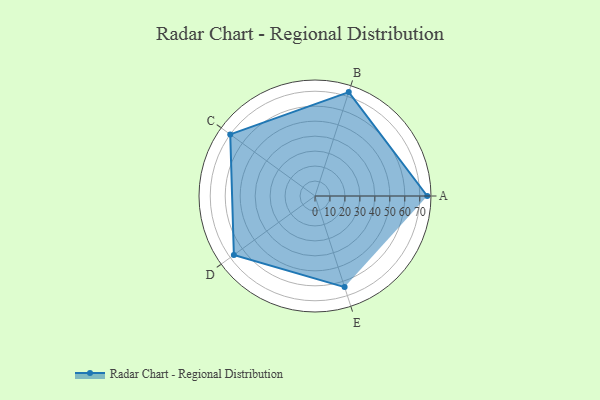
{"axis": {"x": "Skill", "y": "Score"}, "legend": ["Profile"], "data": [{"x": "A", "y": 75.0, "type": "Profile"}, {"x": "B", "y": 73.0, "type": "Profile"}, {"x": "C", "y": 70.0, "type": "Profile"}, {"x": "D", "y": 67.0, "type": "Profile"}, {"x": "E", "y": 64.0, "type": "Profile"}]}